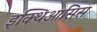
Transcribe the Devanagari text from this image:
इक्थिआसिस